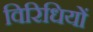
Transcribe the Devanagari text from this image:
विरिधियों